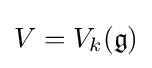
V=V_{k}({\mathfrak {g}})